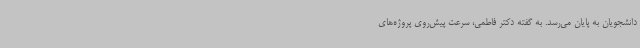
دانشجویان به پایان می‌رسد. به گفته دکتر فاطمی، سرعت پیش‌روی پروژه‌های